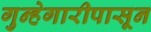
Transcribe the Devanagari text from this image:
गुन्हेगारीपासून